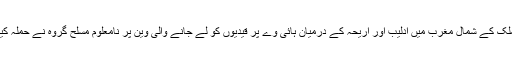
خبررساں ادارے ثناء کے مطابق ملک کے شمال مغرب میں ادلیب اور اریحہ کے درمیان ہائی وے پر قیدیوں کو لے جانے والی وین پر نامعلوم مسلح گروہ نے حملہ کیا جس میں چودہ افراد ہلاک ہوگئے۔